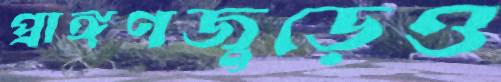
প্রাঙ্গণজুড়েও